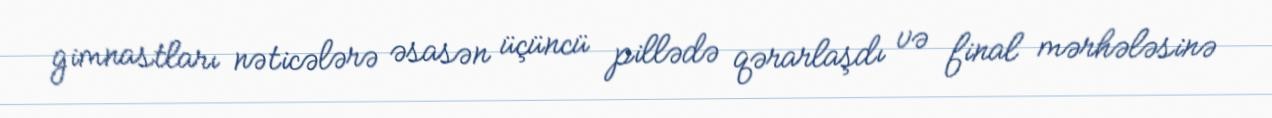
gimnastları nəticələrə əsasən üçüncü pillədə qərarlaşdı və final mərhələsinə